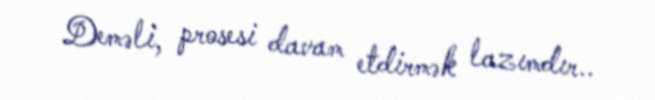
Deməli, prosesi davam etdirmək lazımdır..